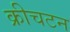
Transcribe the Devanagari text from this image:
क्रीचटन